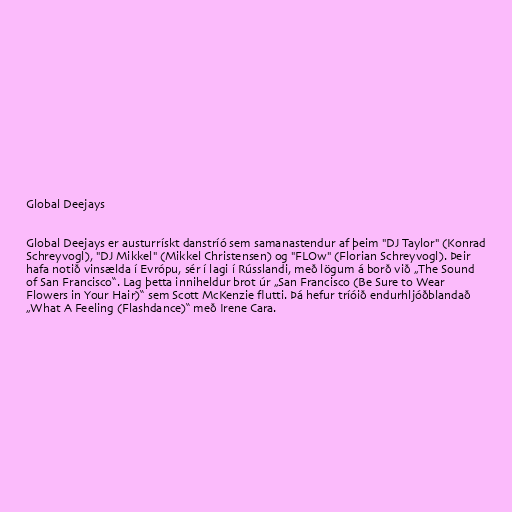
Global Deejays

Global Deejays er austurrískt danstríó sem samanastendur af þeim "DJ Taylor" (Konrad
Schreyvogl), "DJ Mikkel" (Mikkel Christensen) og "FLOw" (Florian Schreyvogl). Þeir
hafa notið vinsælda í Evrópu, sér í lagi í Rússlandi, með lögum á borð við „The Sound
of San Francisco“. Lag þetta inniheldur brot úr „San Francisco (Be Sure to Wear
Flowers in Your Hair)“ sem Scott McKenzie flutti. Þá hefur tríóið endurhljóðblandað
„What A Feeling (Flashdance)“ með Irene Cara.